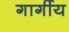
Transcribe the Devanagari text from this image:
गार्गीय